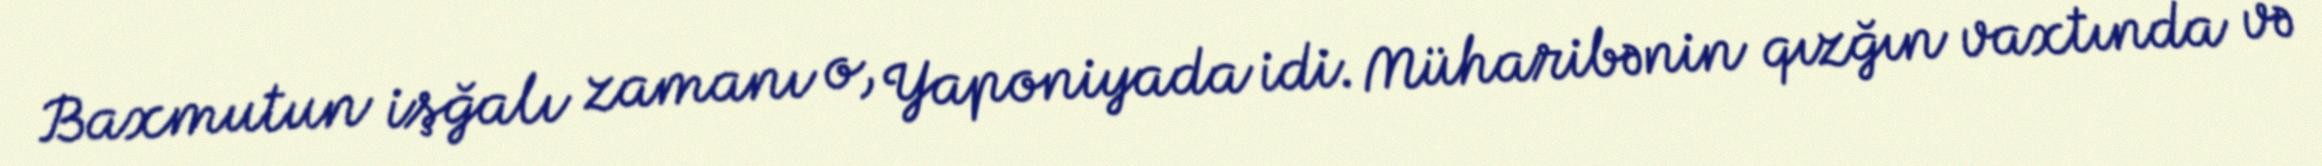
Baxmutun işğalı zamanı o, Yaponiyada idi. Müharibənin qızğın vaxtında və